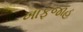
ખાફજાહ